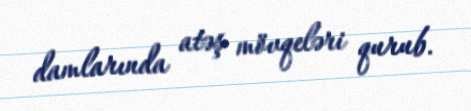
damlarında atəş mövqeləri qurub.